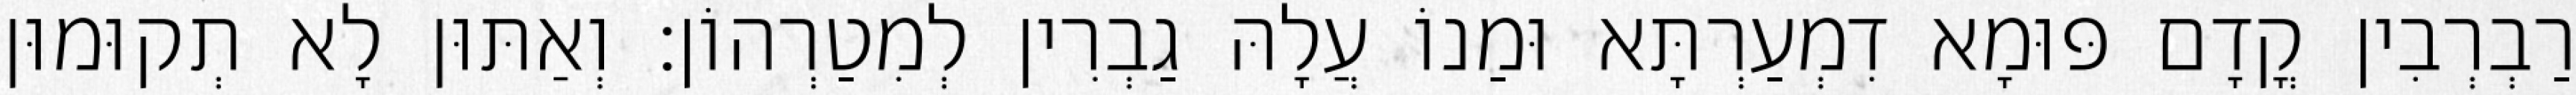
רַבְרְבִין קֳדָם פּוּמָא דִמְעַרְתָּא וּמַנוֹ עֲלָהּ גַבְרִין לְמִטַרְהוֹן׃ וְאַתּוּן לָא תְקוּמוּן